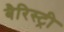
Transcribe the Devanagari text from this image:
बैरिस्ट्री